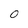
Character: 0